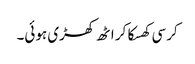
کرسی کھسکا کر اٹھ کھڑی ہوئی۔